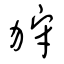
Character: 狩